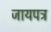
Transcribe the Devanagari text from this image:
जायपत्र